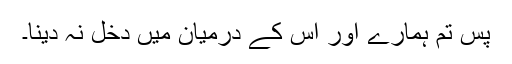
پس تم ہمارے اور اس کے درمیان میں دخل نہ دینا۔